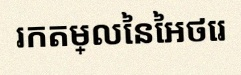
រកតម្លៃនៃអថេរ